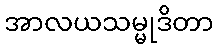
အာလယသမ္မုဒိတာ